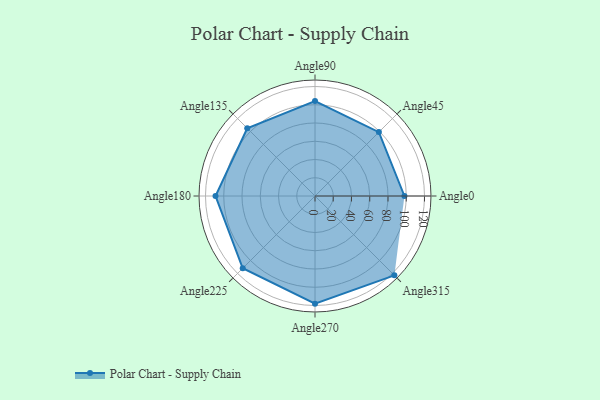
{"axis": {"x": "Angle", "y": "Radius"}, "legend": [""], "data": [{"x": "Angle0", "y": 98.0, "type": ""}, {"x": "Angle45", "y": 99.0, "type": ""}, {"x": "Angle90", "y": 104.0, "type": ""}, {"x": "Angle135", "y": 105.0, "type": ""}, {"x": "Angle180", "y": 109.0, "type": ""}, {"x": "Angle225", "y": 112.0, "type": ""}, {"x": "Angle270", "y": 118.0, "type": ""}, {"x": "Angle315", "y": 123.0, "type": ""}]}